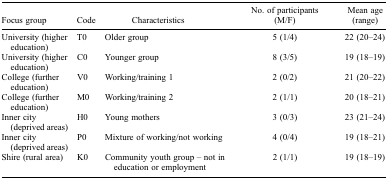
<table><thead><tr><td><b>Focus group</b></td><td><b>Code</b></td><td><b>Characteristics</b></td><td><b>No. of participants (M/F)</b></td><td><b>Mean age (range)</b></td></tr></thead><tbody><tr><td>University (higher education)</td><td>T0</td><td>Older group</td><td>5 (1/4)</td><td>22 (20–24)</td></tr><tr><td>University (higher education)</td><td>C0</td><td>Younger group</td><td>8 (3/5)</td><td>19 (18–19)</td></tr><tr><td>College (further education)</td><td>V0</td><td>Working/training 1</td><td>2 (0/2)</td><td>21 (20–22)</td></tr><tr><td>College (further education)</td><td>M0</td><td>Working/training 2</td><td>2 (1/1)</td><td>20 (18–21)</td></tr><tr><td>Inner city (deprived areas)</td><td>H0</td><td>Young mothers</td><td>3 (0/3)</td><td>23 (21–24)</td></tr><tr><td>Inner city (deprived areas)</td><td>P0</td><td>Mixture of working/not working</td><td>4 (0/4)</td><td>19 (18–21)</td></tr><tr><td>Shire (rural area)</td><td>K0</td><td>Community youth group – not in education or employment</td><td>2 (1/1)</td><td>19 (18–19)</td></tr></tbody></table>